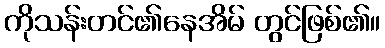
ကိုသန်းတင်၏နေအိမ် တွင်ဖြစ်၏။